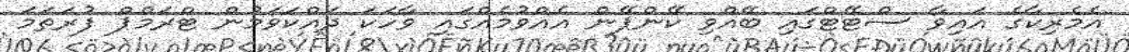
އެމެރިކާގެ އައިވާ ސްޓޭޓްގައި ބޭއްވި ކޭންޕޭން އެއްވުމެއްގައި ވާހަކަ ދައްކަވަމުން ޓްރަމްޕް ފުރަތަމަ